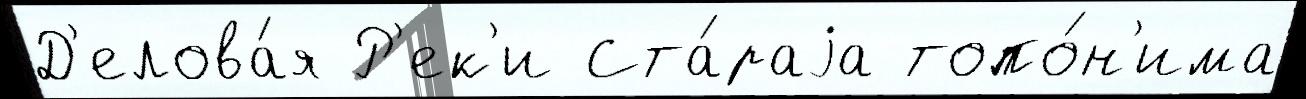
Д'елова́я Р'ек'и Ста́раjа топо́н'има